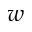
w